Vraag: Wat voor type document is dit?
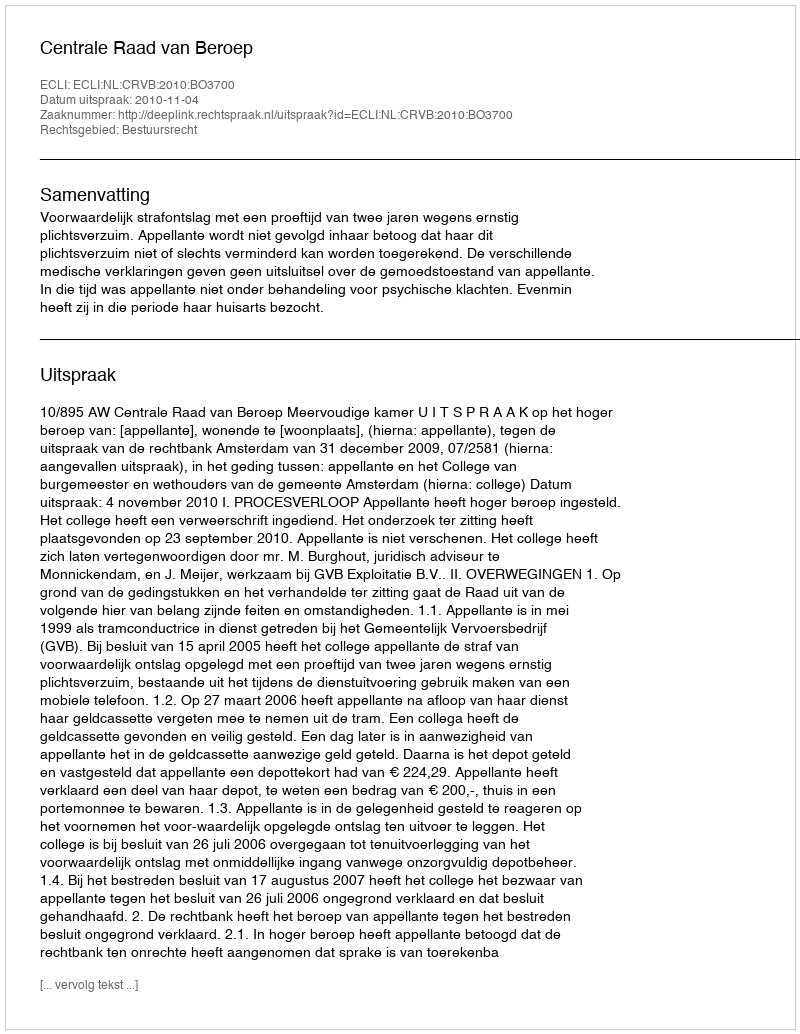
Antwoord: Uitspraak